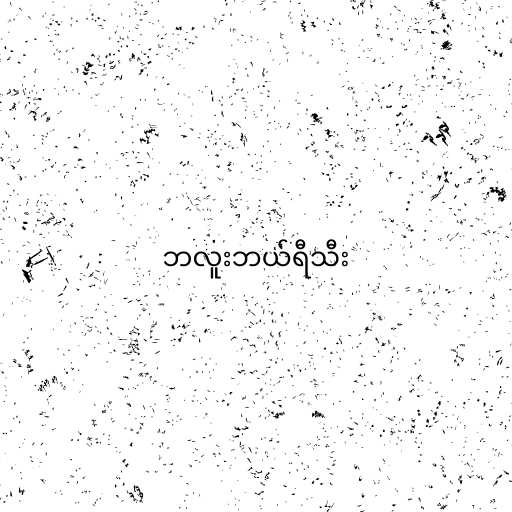
ဘလူးဘယ်ရီသီး